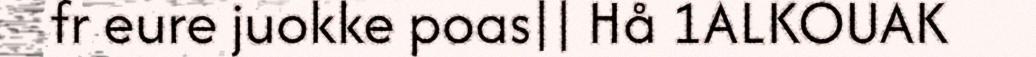
fr eure juokke poas|| Hå 1ALKOUAK